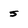
Character: 5